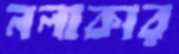
নলাকার